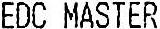
EDC MASTER